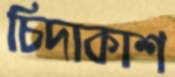
চিদাকাশ